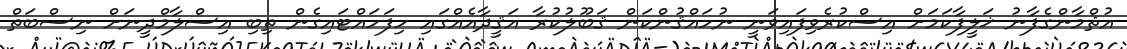
އުޘްމާންގެފާނު ޚަލީފާކަމަށް އިސްކުރެވިފައިވަނީ ނުހައްޤުންކަން ޤަބޫލުކުރާ އަޤީދާއެއްގައި ހިފަހައްޓައިގެން ތިބި އިސްލާމްދީނަށް ނިސްބަތް